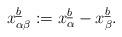
LaTeX: \begin{align*}x_{\alpha\beta}\sp{\underline{b}}:= x_{\alpha}\sp{\underline{b}}- x_{\beta}\sp{\underline{b}}.\end{align*}